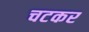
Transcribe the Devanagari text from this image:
चटकर